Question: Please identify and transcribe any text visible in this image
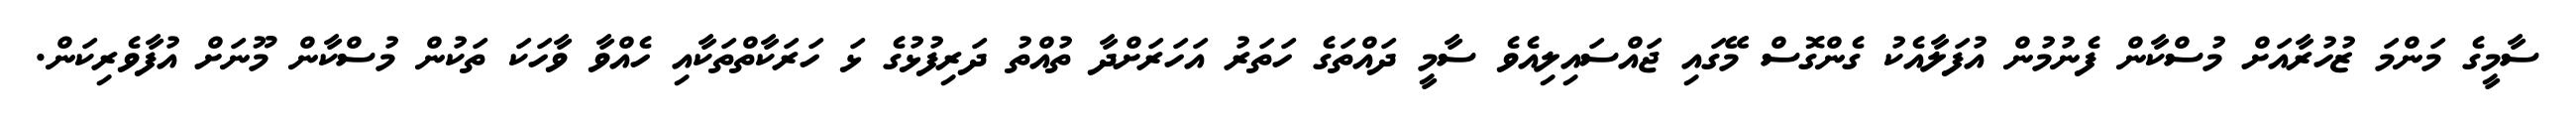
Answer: ސާމީގެ މަންމަ ޒުހުރާއަށް މުސްކާން ފެނުމުން އުފަލާއެކު ގެންގޮސް މޭގައި ޖައްސައިލިއެވެ ސާމީ ދައްތަގެ ހަތަރު އަހަރަށްދާ ތުއްތު ދަރިފުޅުގެ ޅަ ހަރަކާތްތަކާއި ހެއްވާ ވާހަކަ ތަކުން މުސްކާން މޫނަށް އުފާވެރިކަން.